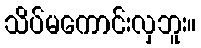
သိပ်မကောင်းလှဘူး။